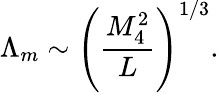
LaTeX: \Lambda_{m}\sim\left(\frac{M_{4}^{2}}{L}\right)^{1/3}.